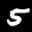
Label: 5